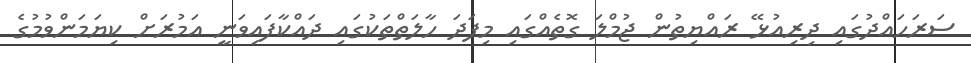
ސަރަހައްދުގައި ދިރިއުޅޭ ރައްޔިތުން ޖުމްލަ ގޮތެއްގައި މިފަދަ ހާލަތްތަކުގައި ދައްކާފައިވަނީ އަމުރަށް ކިޔަމަންވުމުގެ